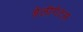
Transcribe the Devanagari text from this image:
डेलीगेटस